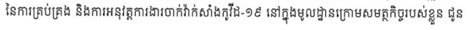
នៃការគ្រប់គ្រង និងការអនុវត្តការងារចាក់វ៉ាក់សាំងកូវីដ-១៩ នៅមូលដ្ឋានក្រោមសមត្ថកិច្ចរបស់ខ្លួន ជូន